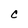
Character: C